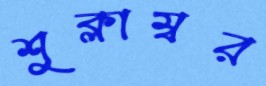
শুক্লাম্বর